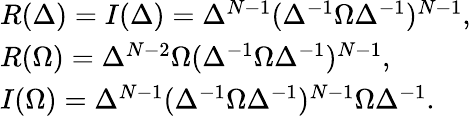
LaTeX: \begin{array}{l}{{R(\Delta)=I(\Delta)=\Delta^{N-1}(\Delta^{-1}\Omega\Delta^{-1})^{N-1},}}\\ {{R(\Omega)=\Delta^{N-2}\Omega(\Delta^{-1}\Omega\Delta^{-1})^{N-1},}}\\ {{I(\Omega)=\Delta^{N-1}(\Delta^{-1}\Omega\Delta^{-1})^{N-1}\Omega\Delta^{-1}.}}\end{array}